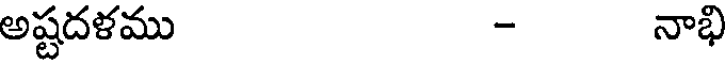
అష్టదళము - నాభి